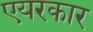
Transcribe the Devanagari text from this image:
एयरकार